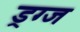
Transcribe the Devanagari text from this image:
ड्रग्ज